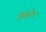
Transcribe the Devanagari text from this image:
अक्षोभ